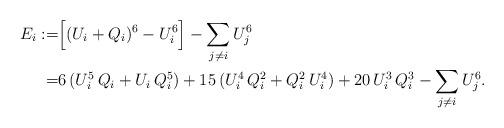
LaTeX: \begin{align*}E_i:=&\Bigl[(U_i+Q_i)^6-U_i^6\Bigr]-\sum_{j\neq i} U_j^6\\=&6\,(U_i^5\,Q_i+U_i\,Q_i^5)+15\,(U_i^4\,Q_i^2+Q_i^2\,U_i^4)+20\,U_i^3\,Q_i^3-\sum_{j\neq i} U_j^6.\end{align*}